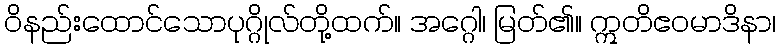
ဝိနည်းထောင်သောပုဂ္ဂိုလ်တို့ထက်။ အဂ္ဂေါ၊ မြတ်၏။ ဣတိဧဝမာဒိနာ၊